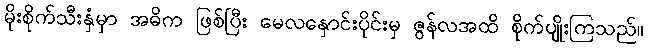
မိုးစိုက်သီးနှံမှာ အဓိက ဖြစ်ပြီး မေလနှောင်းပိုင်းမှ ဇွန်လအထိ စိုက်ပျိုးကြသည်။